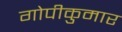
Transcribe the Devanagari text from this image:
गोपीकुमार